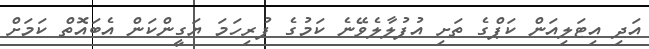
އަދި އިޓަލިއަން ކަޕްގެ ތަށި އުފުލާލެވޭނެ ކަމުގެ ފުރިހަމަ ޔަގީންކަން އެބައޮތް ކަމަށް